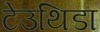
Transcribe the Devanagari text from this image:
टेउथिडा